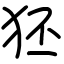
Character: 狉